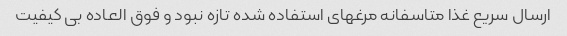
ارسال سریع غذا متاسفانه مرغهای استفاده شده تازه نبود و فوق العاده بی کیفیت